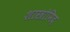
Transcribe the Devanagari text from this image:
शास्त्रोमिद